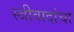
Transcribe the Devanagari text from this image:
स्त्रीवादांचा